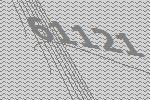
61121